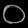
Digit: ၀